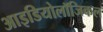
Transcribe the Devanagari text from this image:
आइडियोलॉजिकल